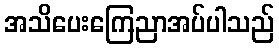
အသိပေးကြေညာအပ်ပါသည်